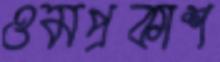
ওমপ্রকাশ